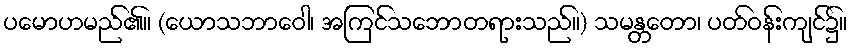
ပမောဟမည်၏။ (ယောသဘာဝေါ၊ အကြင်သဘောတရားသည်။) သမန္တတော၊ ပတ်ဝန်းကျင်၌။